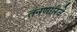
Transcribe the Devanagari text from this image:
तंनणारिवे